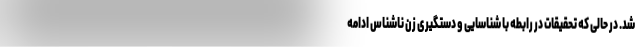
شد. در حالی که تحقیقات در رابطه با شناسایی و دستگیری زن ناشناس ادامه